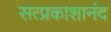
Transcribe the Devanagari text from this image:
सत्प्रकाशानंद